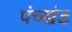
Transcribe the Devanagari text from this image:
पंच्खंड